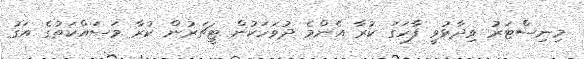
މިނިސްޓަރު ވިދާޅުވީ ފާހަގަ ކުރާ އެންމެ ދުވަހަކުން ޓީޗަރުން ކުރާ މަސައްކަތުގެ އަގު